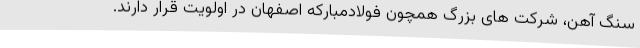
سنگ آهن، شرکت های بزرگ همچون فولادمبارکه اصفهان در اولویت قرار دارند.